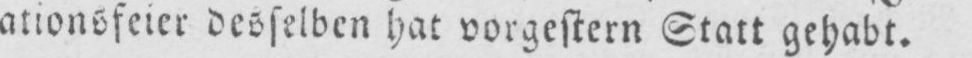
ationsfeier desselben hat vorgestern Statt gehabt.